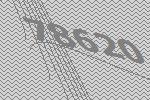
78620